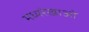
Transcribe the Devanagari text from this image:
मध्यरेखाओं